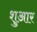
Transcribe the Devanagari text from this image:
शुआर